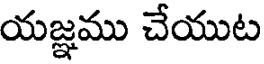
యజ్ఞము చేయుట